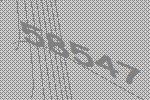
58547